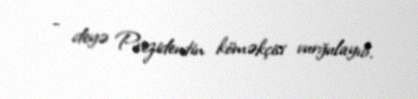
- deyə Prezidentin köməkçisi vurğulayıb.